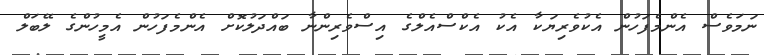
ނަމަވެސް އެންމެފަހުން އެކުވެރިޔަކާ އެކު އެކްސްއެލްގެ އިސްވެރިންނާ ބައްދަލުކޮށް އެންމެފަހުން އެމީހުންގެ ލޭބަލް